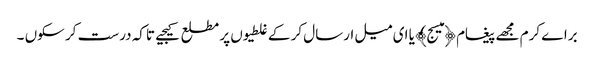
براے کرم مجھے پیغام ﴿میسج﴾ یا ای میل ارسال کر کے غلطیوں پر مطلع کیجیے تاکہ درست کر سکوں ۔